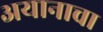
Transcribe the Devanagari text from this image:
अयानाचा